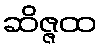
ဆိဇ္ဇထ